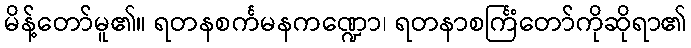
မိန့်တော်မူ၏။ ရတနစင်္ကမနကဏ္ဍော၊ ရတနာစင်္ကြံတော်ကိုဆိုရာ၏